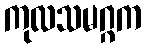
ကုလသမဂ္ဂက